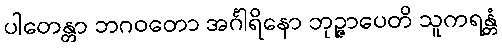
ပါတေန္တာ ဘဂဝတော အင်္ဂါရိနော ဘုဉ္ဇာပေတိ သူကရန္တံ